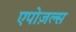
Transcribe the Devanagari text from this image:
एपोज़ल्स